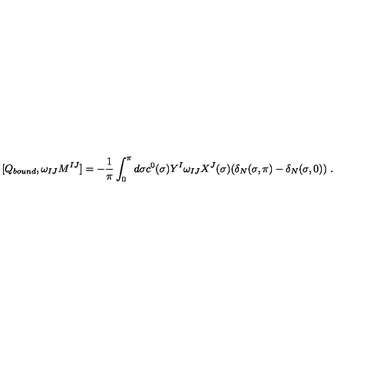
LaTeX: [ Q _ { b o u n d } , \omega _ { I J } M ^ { I J } ] = - \frac { 1 } { \pi } \int _ { 0 } ^ { \pi } d \sigma c ^ { 0 } ( \sigma ) Y ^ { I } \omega _ { I J } X ^ { J } ( \sigma ) ( \delta _ { N } ( \sigma , \pi ) - \delta _ { N } ( \sigma , 0 ) ) \ .